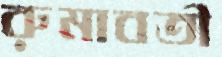
রুমাবতী